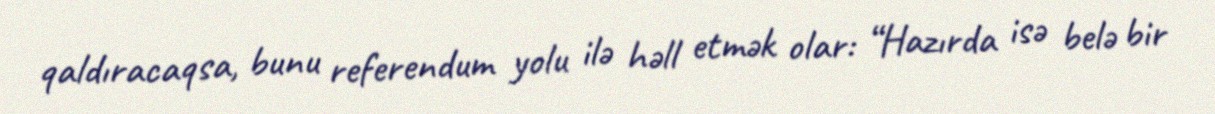
qaldıracaqsa, bunu referendum yolu ilə həll etmək olar: “Hazırda isə belə bir